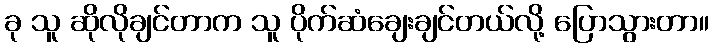
ခု သူ ဆိုလိုချင်တာက သူ ပိုက်ဆံချေးချင်တယ်လို့ ပြောသွားတာ။